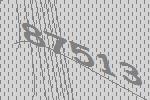
87513